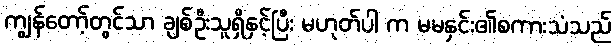
ကျွန်တော့်တွင်သာ ချစ်ဦးသူရှိနှင့်ပြီး မဟုတ်ပါ က မမနှင်း၏စကားသံသည်